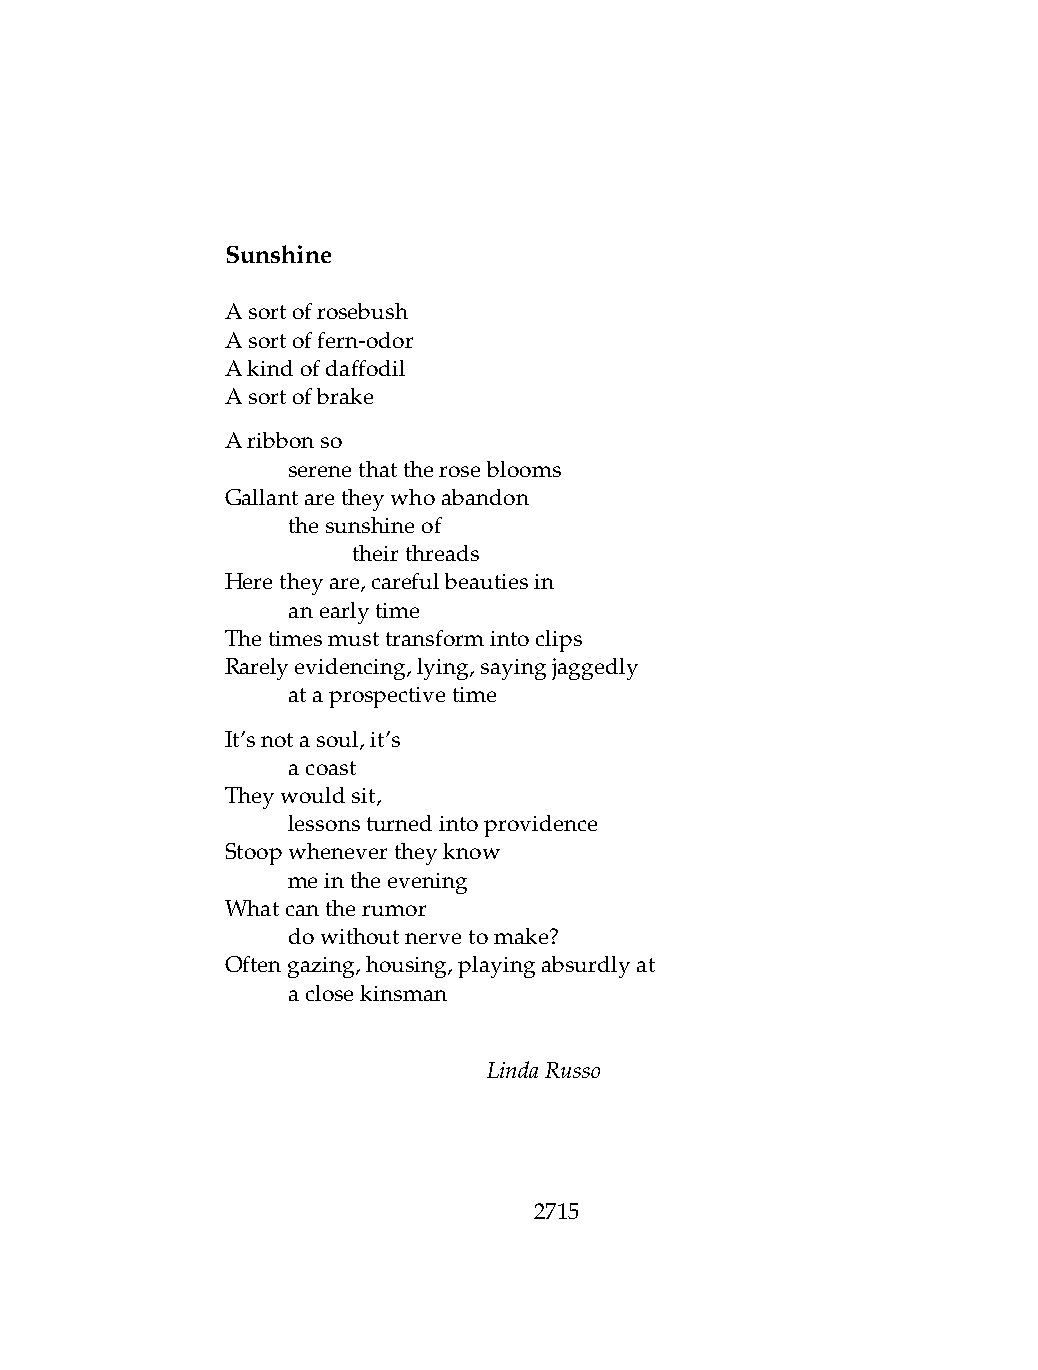
Sunshine
 Asortofrosebush
 Asortoffern-odor
 Akindofdaffodil
 Asortofbrake
 Aribbonso
 .   serenethattheroseblooms
 Gallantaretheywhoabandon
 .   thesunshineof
 .   .   theirthreads
 Heretheyare,carefulbeautiesin
 .   anearlytime
 Thetimesmusttransformintoclips
 Rarelyevidencing,lying,sayingjaggedly
 .   ataprospectivetime
 It’snotasoul,it’s
 .   acoast
 Theywouldsit,
 .   lessonsturnedintoprovidence
 Stoopwhenevertheyknow
 .   meintheevening
 Whatcantherumor
 .   dowithoutnervetomake?
 Oftengazing,housing,playingabsurdlyat
 .   aclosekinsman
 LindaRusso
 2715